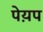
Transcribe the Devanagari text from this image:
पेय़प